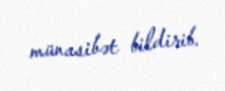
münasibət bildirib.